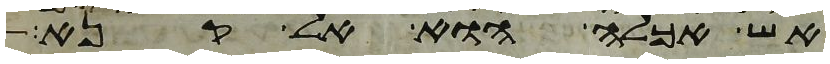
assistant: אש אכלה הוא אל קנא